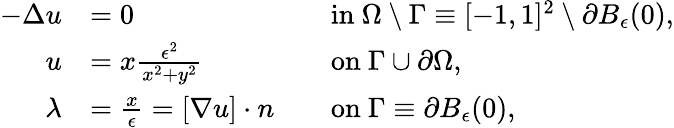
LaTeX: \begin{array}{rlrl}{-\Delta u}&{=0}&&{\mathrm{in}\ \Omega\setminus\Gamma\equiv[-1,1]^{2}\setminus\partial B_{\epsilon}(0),}\\ {u}&{=x\frac{\epsilon^{2}}{x^{2}+y^{2}}}&&{\mathrm{on}\ \Gamma\cup\partial\Omega,}\\ {\lambda}&{=\frac{x}{\epsilon}=[\nabla u]\cdot n}&&{\mathrm{on}\ \Gamma\equiv\partial B_{\epsilon}(0),}\end{array}